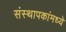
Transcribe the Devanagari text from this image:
संस्थापकांमध्ये